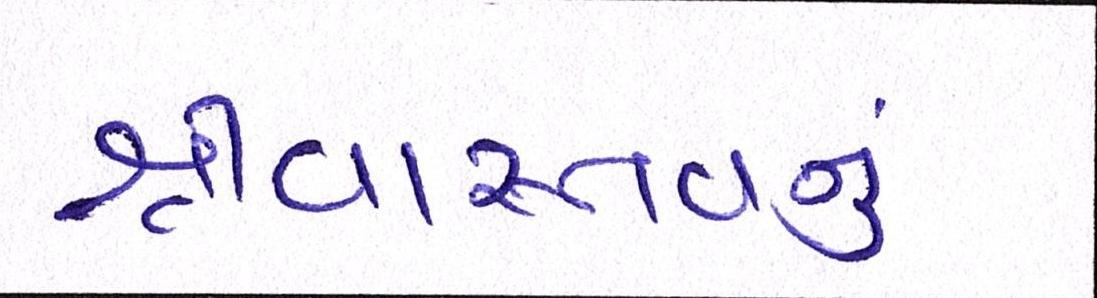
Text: શ્રીવાસ્તવનું